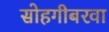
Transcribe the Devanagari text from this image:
सोहगीबरवा